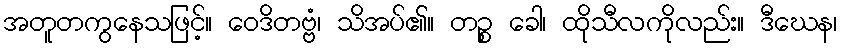
အတူတကွနေသဖြင့်။ ဝေဒိတဗ္ဗံ၊ သိအပ်၏။ တဉ္စ ခေါ၊ ထိုသီလကိုလည်း။ ဒီဃေန၊